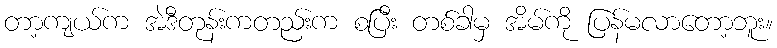
တာ့ကျယ်က အဲဒီတုန်းကတည်းက စပြီး တစ်ခါမှ အိမ်ကို ပြန်မလာတော့ဘူး။